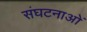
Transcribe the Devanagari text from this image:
संघटनाओं